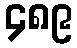
၄၈၉